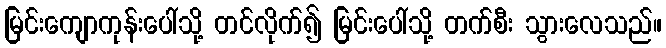
မြင်းကျောကုန်းပေါ်သို့ တင်လိုက်၍ မြင်းပေါ်သို့ တက်စီး သွားလေသည်။